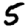
Digit: 5